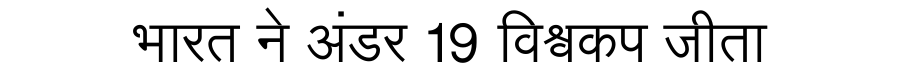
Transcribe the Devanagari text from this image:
भारत ने अंडर 19 विश्वकप जीता